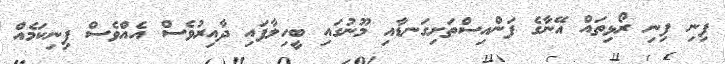
ފިނި ފިނި ރޯޅިތައް އޭނާގެ ފަންއިސްތަށިގަނޑާއި މޫނުގައި ބީހިލާފައި ދާއިރުވެސް އެއްވެސް ފިނިކަމެއް